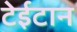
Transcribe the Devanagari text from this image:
टेईटान